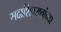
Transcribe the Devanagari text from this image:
सदाशिवरावांच्या